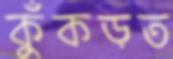
কুঁকড়ত